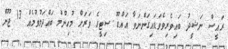
ރައީސް ނަޝީދު ބައިވެރިވެވަޑައިގަންނަވާ އައްޑޫ ސިޓީގެ ވަރަށް މުހިންމު ބައްދަލުވުމެެއް 13 ޖޫން